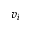
v _ { i }